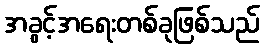
အခွင့်အရေးတစ်ခုဖြစ်သည်